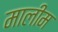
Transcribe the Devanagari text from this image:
मालीम